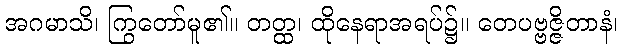
အဂမာသိ၊ ကြွတော်မူ၏။ တတ္ထ၊ ထိုနေရာအရပ်၌။ တေပဗ္ဗဇ္ဇိတာနံ၊